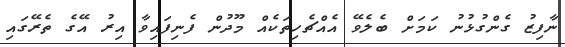
ނާފިޒު ގެންގުޅުނު ކަމަށް ބެލެވޭ އެއްޗެހިތަކެއް މޫދުން ފެނިފައިވާ އިރު އޭގެ ތެރޭގައި